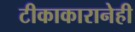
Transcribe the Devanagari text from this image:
टीकाकारानेही